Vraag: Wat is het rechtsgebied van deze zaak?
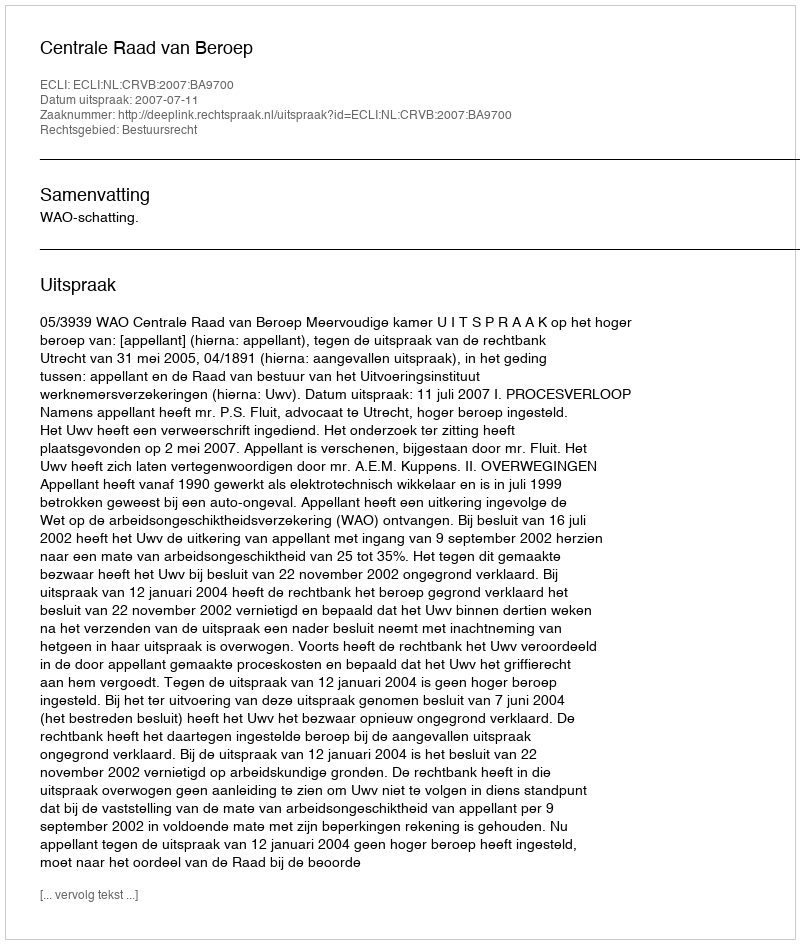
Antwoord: Bestuursrecht